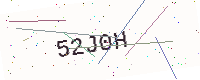
Text: 52J0H